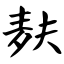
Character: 麸